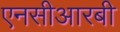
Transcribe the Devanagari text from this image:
एनसीआरबी